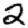
Digit: 2